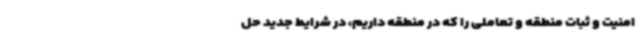
امنیت و ثبات منطقه و تعاملی را که در منطقه داریم، در شرایط جدید حل